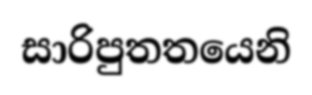
සාරිපුතතයෙනි